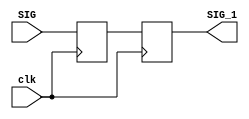
module synchronizer(input clk, SIG, output reg SIG_1);
    initial begin
        META = 1'b0;
        SIG_1 = 1'b0;
    end
    
    reg META;
        
    always @(posedge clk) begin
            META <= SIG;
            SIG_1 <= META;
    end
endmodule